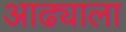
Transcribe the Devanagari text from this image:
आढ्याला